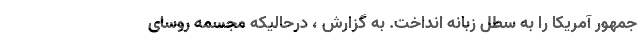
جمهور آمریکا را به سطل زبانه انداخت. به گزارش ، درحالیکه مجسمه روسای